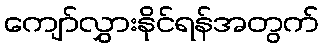
ကျော်လွှားနိုင်ရန်အတွက်